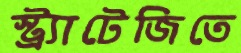
স্ট্র্যাটেজিতে